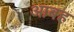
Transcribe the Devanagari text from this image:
आबह